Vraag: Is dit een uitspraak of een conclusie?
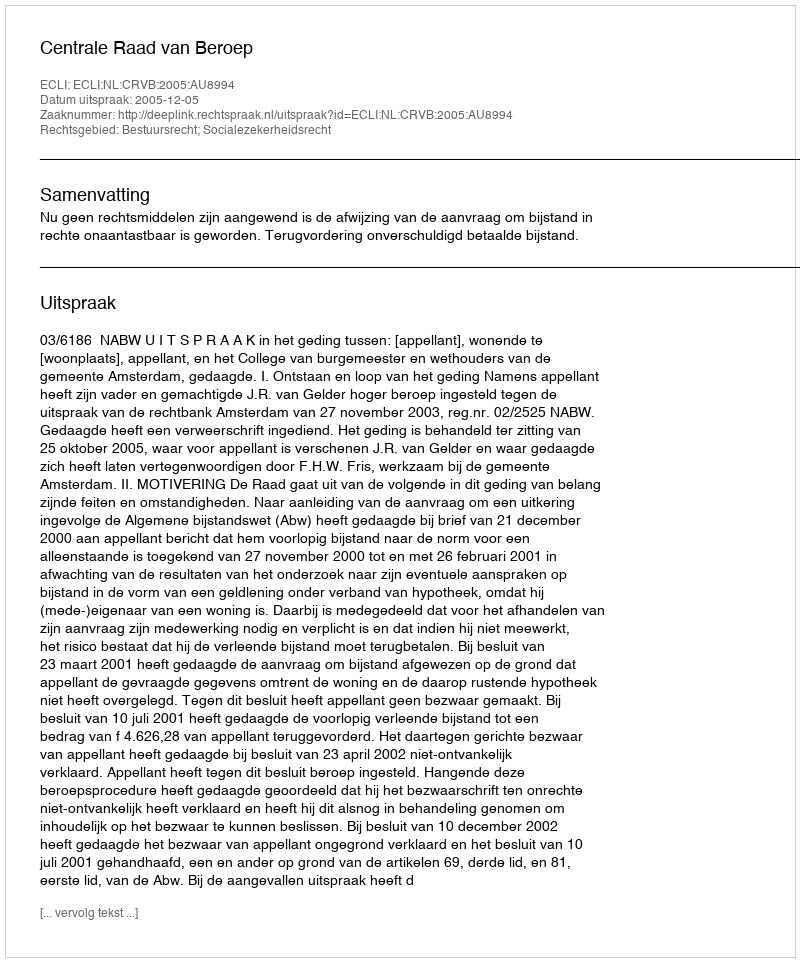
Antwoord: Uitspraak